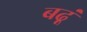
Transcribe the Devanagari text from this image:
बढ़ूं